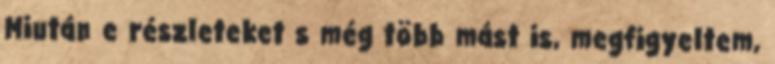
Miután e részleteket s még több mást is, megfigyeltem,